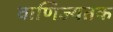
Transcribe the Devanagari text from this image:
वाणिज्यतक